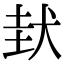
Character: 𡌤